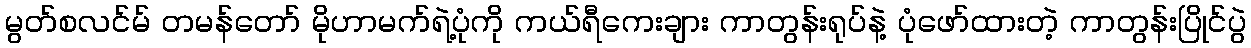
မွတ်စလင်မ် တမန်တော် မိုဟာမက်ရဲ့ပုံကို ကယ်ရီကေးချား ကာတွန်းရုပ်နဲ့ ပုံဖော်ထားတဲ့ ကာတွန်းပြိုင်ပွဲ